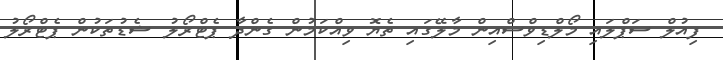
ފިއުލް ސަަޕްލައި މޯލްޑިވްސްއިން މާލޭގައި ތެޔޮ ވިއްކަމުން ގެންދާ ޕެޓްރޯލު ޝެޑުތަކުން ޕެޓްރޯލު